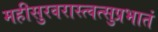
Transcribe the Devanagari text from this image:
महीसुरवरास्त्वत्सुप्रभातं